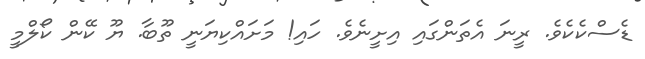
ޑެސްކެކެވެ. ރީނަ އެތަންގައި އިށީނެވެ. ހައި! މަށައްކިޔަނީ ތޫބާ. ޔޫ ކޭން ކޯލްމީ